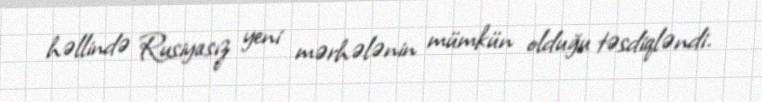
həllində Rusiyasız yeni mərhələnin mümkün olduğu təsdiqləndi.